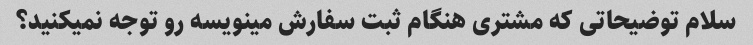
سلام توضیحاتی که مشتری هنگام ثبت سفارش مینویسه رو توجه نمیکنید؟